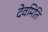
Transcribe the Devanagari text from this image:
देवमिति